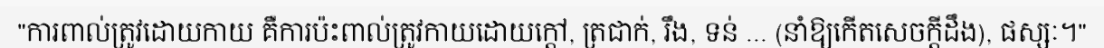
"ការពាល់ត្រូវដោយកាយ គឺការប៉ះពាល់ត្រូវកាយដោយក្តៅ, ត្រជាក់, រឹង, ទន់ ... (នាំឱ្យកើតសេចក្តីដឹង), ផស្សៈ។"